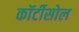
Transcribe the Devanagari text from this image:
कॉर्टीसोल